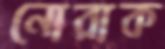
নোরাক